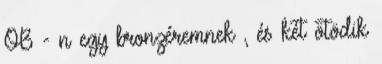
OB - n egy bronzéremnek , és két ötödik